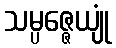
သမ္ပဇ္ဇေယျုံ